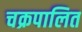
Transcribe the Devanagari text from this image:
चक्रपालित